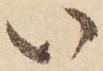
い